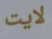
لايت